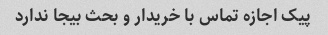
پیک اجازه تماس با خریدار و بحث بیجا ندارد